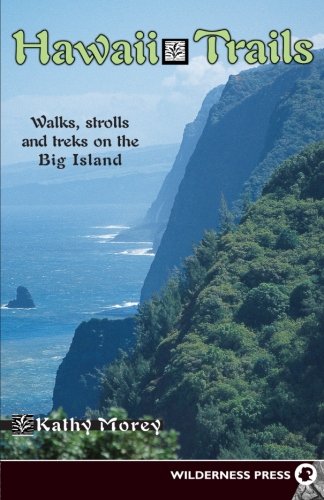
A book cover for Hawaii Trails: Walks Strolls and Treks on the Big Island (Hawaii Trails: Walks, Strolls & Treks on the Big Island); Kathy Morey; Travel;